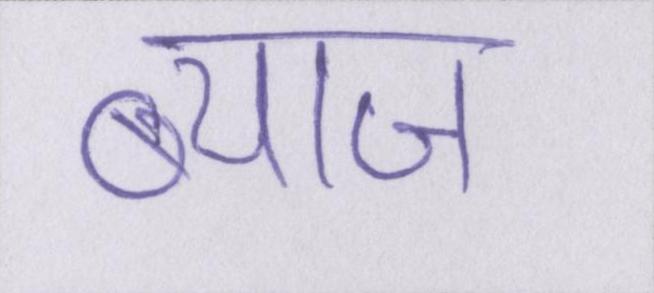
ब्याज